Punjab Mental Hospital Lahore 1922-31 - 1922-1931
Year: 1922
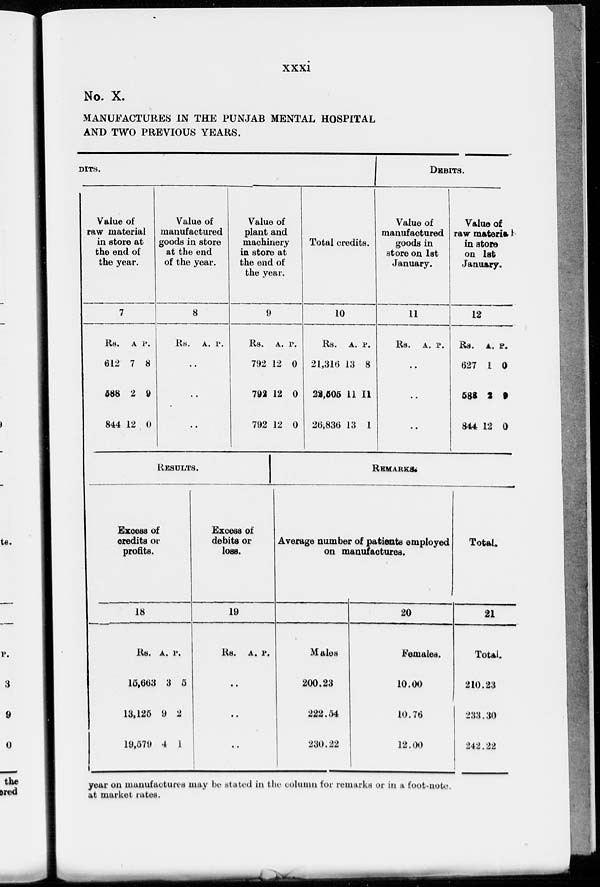
xxxi
No. X.
MANUFACTURES IN THE PUNJAB MENTAL HOSPITAL
AND TWO PREVIOUS YEARS.
DITS.
Value of
raw material
in store at
the end of
the year.
7
Rs.
612
588
844
A
7
2
12
P.
8
9
0
Value of
manufactured
goods in store
at the end
of the year.
8
Rs. A. P.
..
..
..
Value of
plant and
machinery
in store at
the end of
the year.
9
Rs.
792
792
792
A.
12
12
12
P.
0
0
0
Total credits.
10
Rs.
21,316
22,505
26,836
A.
13
11
13
P.
8
11
1
Debits.
Value of
manufactured
goods in
store on 1st
January.
11
Rs. A. P.
..
..
..
Value of
raw material
in store
on 1st
January.
12
Rs.
627
583
844
A.
1
2
12
P.
0
9
0
RESULTS.
Excess of
credits or
profits.
18
Rs.
15,663
13,125
19,570
A.
3
9
4
P.
5
2
1
Excess of
debits or
loss.
19
Rs. A. P.
..
..
..
REMARKS.
Average number of patients employed
on manufactures.
Males
200.23
222.54
230.22
20
Females.
10.00
10.76
12.00
Total.
21
Total.
210.23
233.30
242.22
year on manufactures may be stated in the column for remarks or in a foot-note.
at market rates.